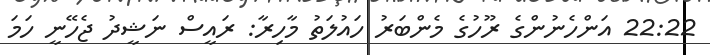
22:22 އަންހެނުންގެ ރޫހުގެ މެންބަރު ހައުލަތު މާހިރާ: ރައީސް ނަޝީދު ޖެހޭނީ ހަމަ